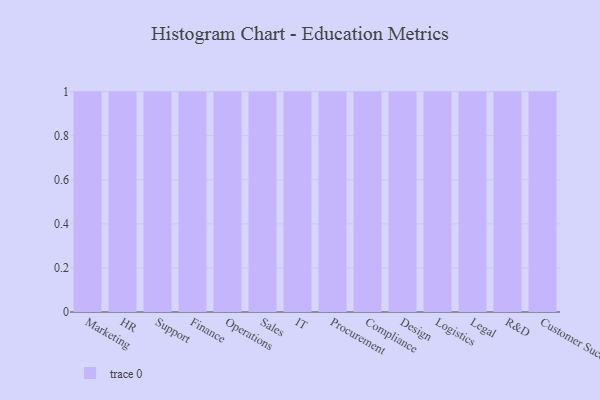
{"axis": {"x": "Department", "y": "Backlog"}, "legend": [""], "data": [{"x": "Marketing", "y": 86, "type": ""}, {"x": "HR", "y": 29, "type": ""}, {"x": "Support", "y": 5, "type": ""}, {"x": "Finance", "y": 17, "type": ""}, {"x": "Operations", "y": 34, "type": ""}, {"x": "Sales", "y": 71, "type": ""}, {"x": "IT", "y": 69, "type": ""}, {"x": "Procurement", "y": 8, "type": ""}, {"x": "Compliance", "y": 88, "type": ""}, {"x": "Design", "y": 3, "type": ""}, {"x": "Logistics", "y": 93, "type": ""}, {"x": "Legal", "y": 93, "type": ""}, {"x": "R&D", "y": 81, "type": ""}, {"x": "Customer Success", "y": 75, "type": ""}]}